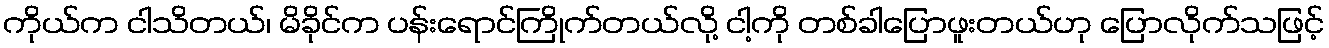
ကိုယ်က ငါသိတယ်၊ မိခိုင်က ပန်းရောင်ကြိုက်တယ်လို့ ငါ့ကို တစ်ခါပြောဖူးတယ်ဟု ပြောလိုက်သဖြင့်